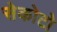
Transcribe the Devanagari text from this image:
सेकोटो